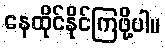
နေထိုင်နိုင်ကြဖို့ပါ။